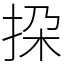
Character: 挅